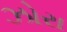
ઝોરા